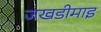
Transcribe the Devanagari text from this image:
जखडीमाइ